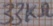
Text: 33KΩ